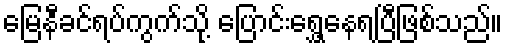
မြေနီခင်ရပ်ကွက်သို့ ပြောင်းရွှေ့နေရပြီဖြစ်သည်။